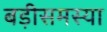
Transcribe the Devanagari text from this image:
बड़ीसमस्या